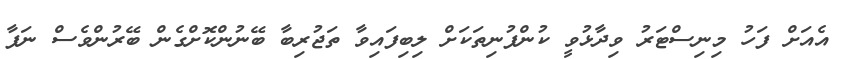
އެއަށް ފަހު މިނިސްޓަރު ވިދާޅުވީ ކުންފުނިތަކަށް ލިބިފައިވާ ތަޖުރިބާ ބޭނުންކޮށްގެން ބޭރުންވެސް ނަފާ